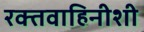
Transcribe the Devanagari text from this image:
रक्तवाहिनीशी